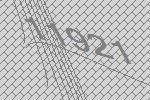
11921